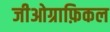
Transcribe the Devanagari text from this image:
जीओग्राफ़िकल